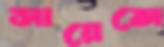
সায়েন্সে